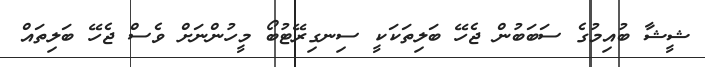
ޝީޝާ ބުއިމުގެ ސަބަބުން ޖެހޭ ބަލިތަކަކީ ސިނގިރޭޓުބޯ މީހުންނަށް ވެސް ޖެހޭ ބަލިތައް